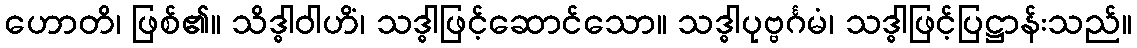
ဟောတိ၊ ဖြစ်၏။ သိဒ္ဓါဝါဟိံ၊ သဒ္ဓါဖြင့်ဆောင်သော။ သဒ္ဓါပုဗ္ဗင်္ဂမံ၊ သဒ္ဓါဖြင့်ပြဋ္ဌာန်းသည်။